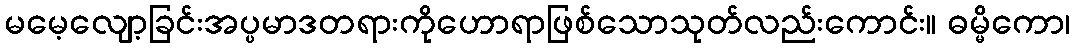
မမေ့လျော့ခြင်းအပ္ပမာဒတရားကိုဟောရာဖြစ်သောသုတ်လည်းကောင်း။ ဓမ္မိကော၊